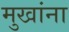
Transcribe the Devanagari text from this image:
मुखांना